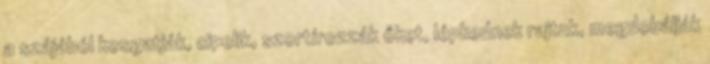
a szájából kosgatják, cipelik, szortírozzák őket, lépkednek rajtuk, megdobálják